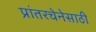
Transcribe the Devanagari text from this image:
प्रांतरचेनेसाठी